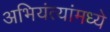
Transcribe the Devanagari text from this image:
अभियंत्यांमध्ये